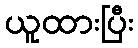
ယူထားပြီး